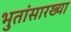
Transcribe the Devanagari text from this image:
भुतांसारख्या